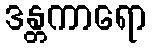
ဒန္တကာရော